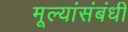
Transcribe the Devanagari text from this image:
मूल्यांसंबंधी